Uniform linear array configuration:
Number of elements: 8
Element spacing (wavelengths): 1
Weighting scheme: hann
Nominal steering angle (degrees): -60
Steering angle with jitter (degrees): -59.106
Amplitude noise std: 0.05
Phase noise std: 0.05

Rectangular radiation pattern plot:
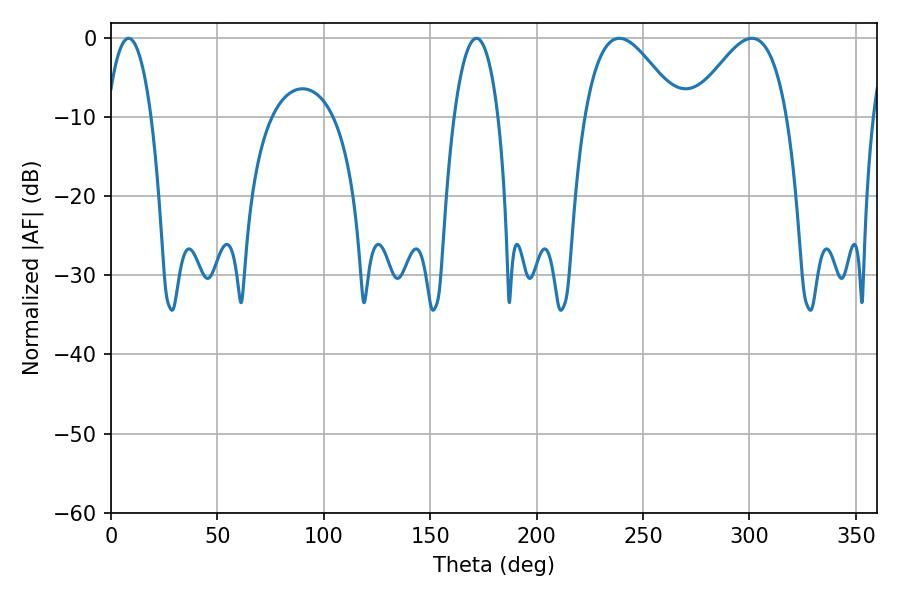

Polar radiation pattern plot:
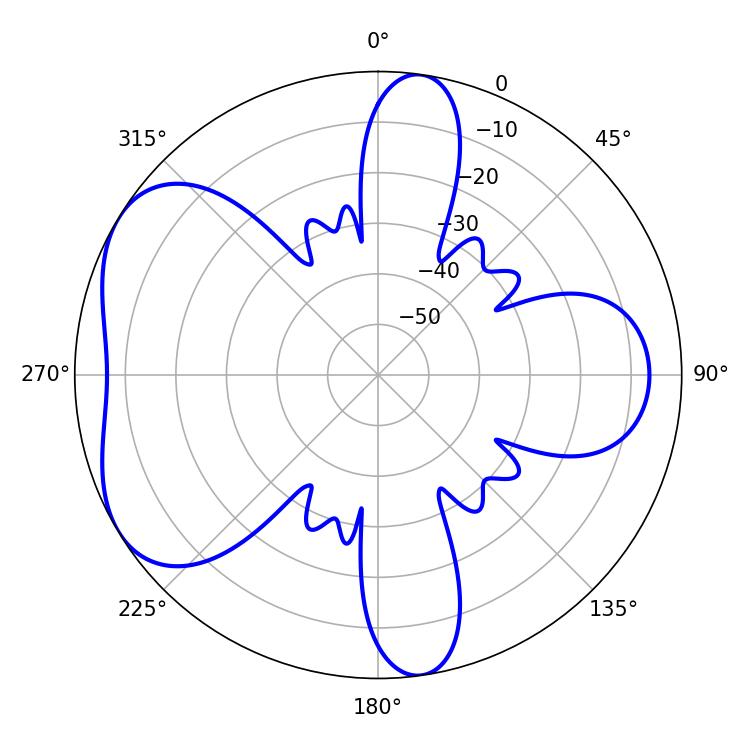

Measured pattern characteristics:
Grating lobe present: TRUE
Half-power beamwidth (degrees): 11.7
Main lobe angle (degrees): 8.28